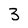
Character: 3